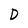
Character: D